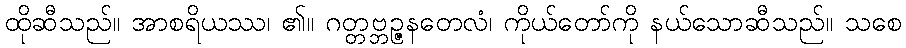
ထိုဆီသည်။ အာစရိယဿ၊ ၏။ ဂတ္တဗ္ဘဉ္ဇနတေလံ၊ ကိုယ်တော်ကို နယ်သောဆီသည်။ သစေ